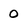
Character: 0